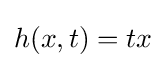
h(x,t)=tx